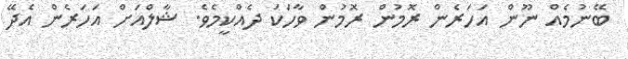
ބޭނުމެއް ނޫން އަހަރެން ރޮމުން ރޮމުން ވާހަކަ ދެއްކީމެވެ. ޝާލްއަށް އަހަރެން އެދޭ